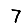
Digit: 7